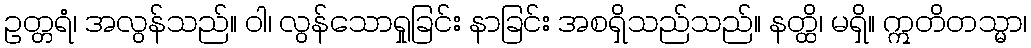
ဥတ္တရံ၊ အလွန်သည်။ ဝါ၊ လွန်သောရှုခြင်း နာခြင်း အစရှိသည်သည်။ နတ္ထိ၊ မရှိ။ ဣတိတသ္မာ၊